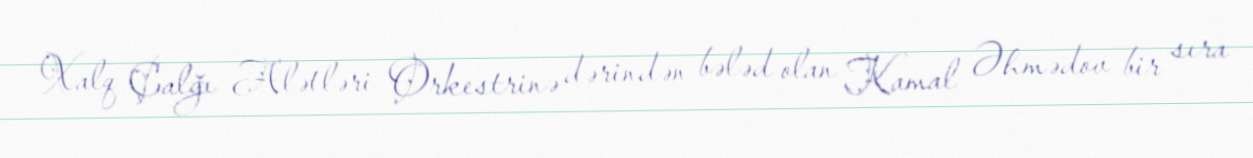
Xalq Çalğı Alətləri Orkestrinə dərindən bələd olan Kamal Əhmədov bir sıra